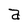
Character: a